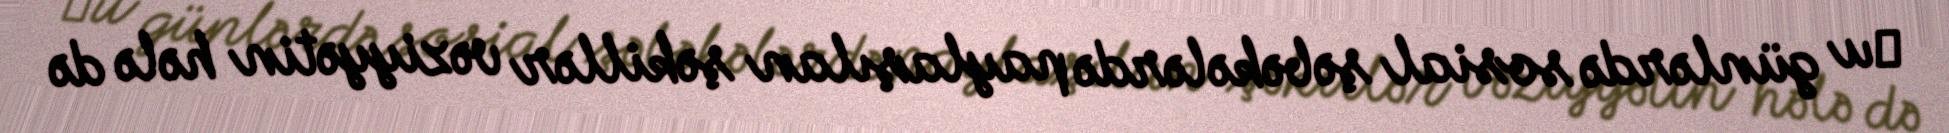
Иu günlərdə sosial şəbəkələrdə paylaşılan şəkillər vəziyyətin hələ də